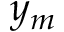
y _ { m }